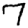
Digit: 7